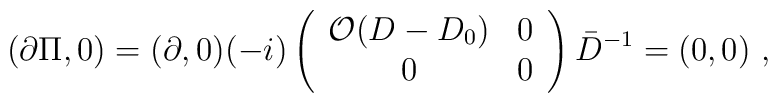
(\partial \Pi ,0) =  (\partial , 0) (-i) \left(    \begin{array}{cc}      {\cal O} (D - D_0) & 0 \\      0 & 0    \end{array}  \right) \bar D^{-1}  = (0,0)  \,\,,